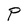
Character: P